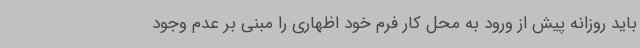
باید روزانه پیش از ورود به محل کار فرم خود اظهاری را مبنی بر عدم وجود